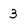
Character: 3